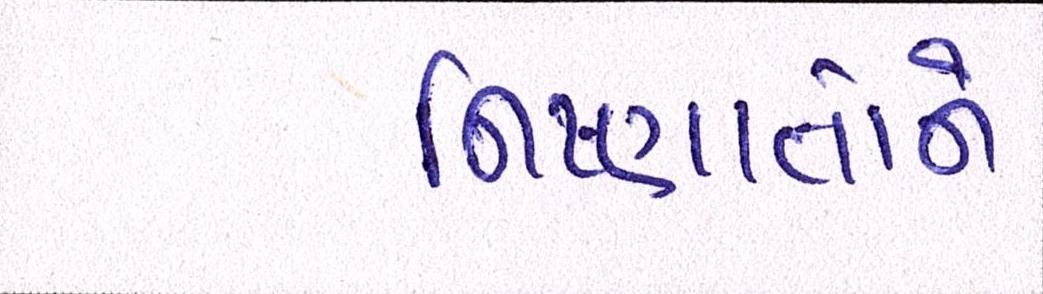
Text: નિષ્ણાતોને